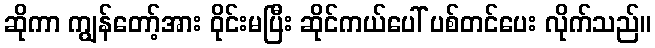
ဆိုကာ ကျွန်တော့်အား ဝိုင်းမပြီး ဆိုင်ကယ်ပေါ် ပစ်တင်ပေး လိုက်သည်။